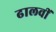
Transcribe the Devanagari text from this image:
ढालवीं